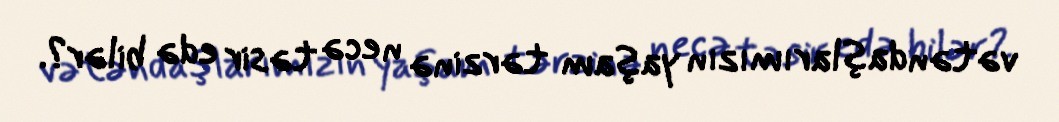
vətəndaşlarımızın yaşam tərzinə necə təsir edə bilər?.